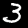
Digit: 3